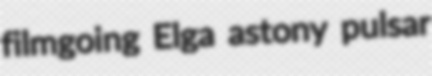
filmgoing Elga astony pulsar